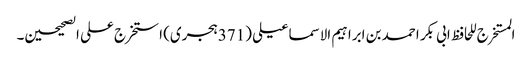
المستخرج للحافظ ابی بکر احمد بن ابراہیم الاسماعیلی (371ہجری) استخرج علی الصحیحین۔